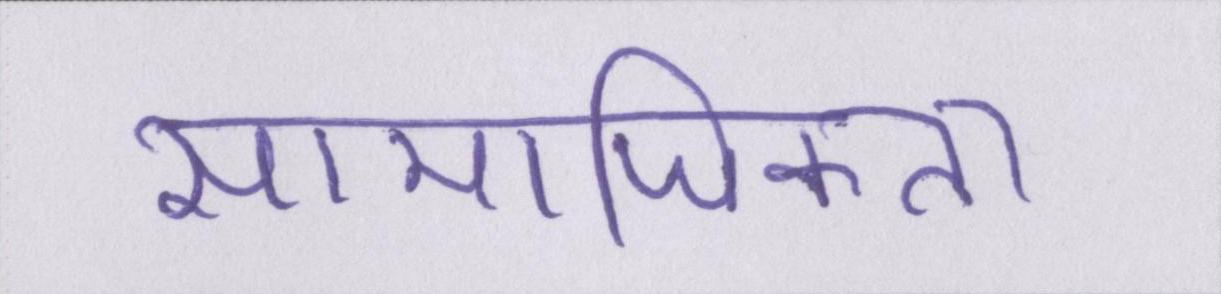
सामाजिकता